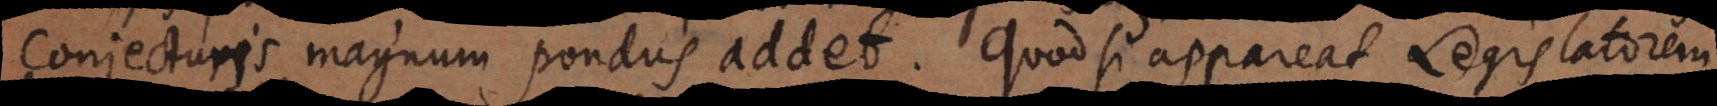
conjecturis magnum pondus addet. Quod si appareat Legislatorem